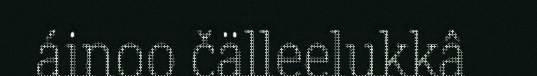
áinoo čälleelukkâ